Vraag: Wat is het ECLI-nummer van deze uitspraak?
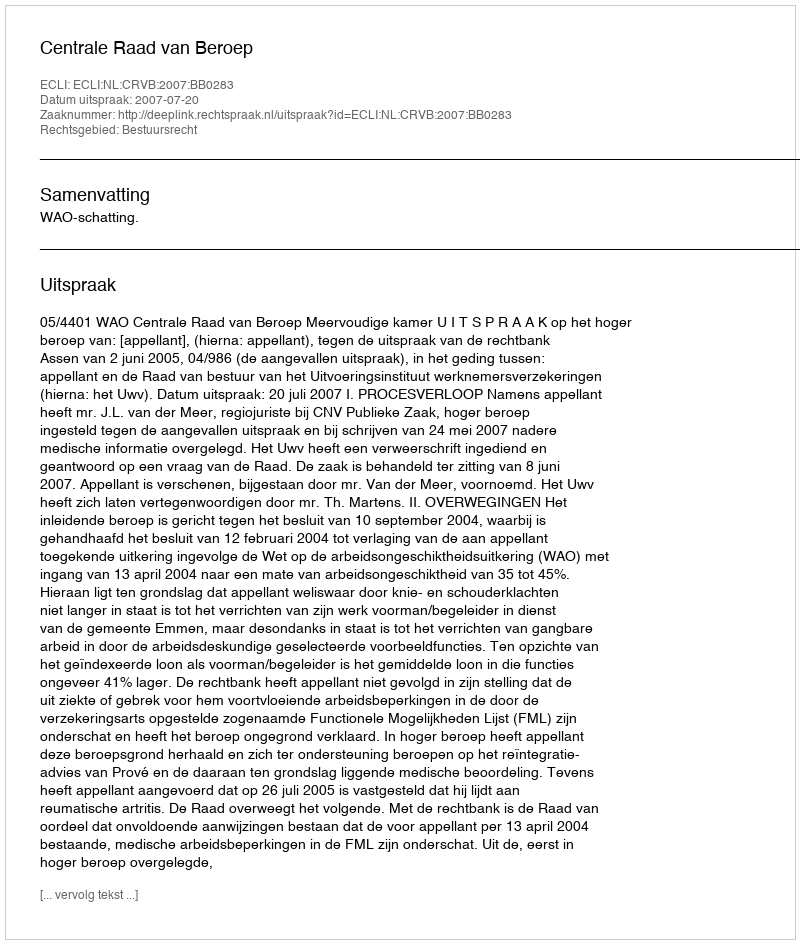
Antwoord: ECLI:NL:CRVB:2007:BB0283